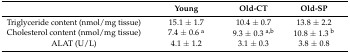
|  | Young | Old-CT | Old-SP |
 | --- | --- | --- | --- |
 | Triglyceride content (nmol/mg tissue) | 15.1 ± 1.7 | 10.4 ± 0.7 | 13.8 ± 2.2 |
 | Cholesterol content (nmol/mg tissue) | 7.4 ± 0.6 a | 9.3 ± 0.3 a,b | 10.8 ± 1.3 b |
 | ALAT (U/L) | 4.1 ± 1.2 | 3.1 ± 0.3 | 3.8 ± 0.8 |